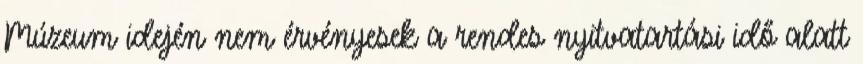
Múzeum idején nem érvényesek a rendes nyitvatartási idő alatt